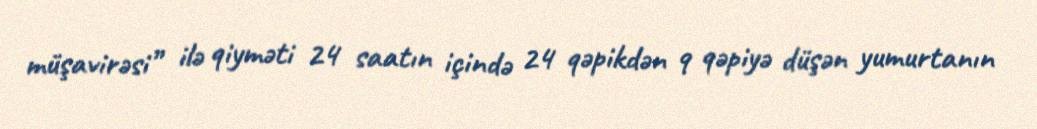
müşavirəsi” ilə qiyməti 24 saatın içində 24 qəpikdən 9 qəpiyə düşən yumurtanın